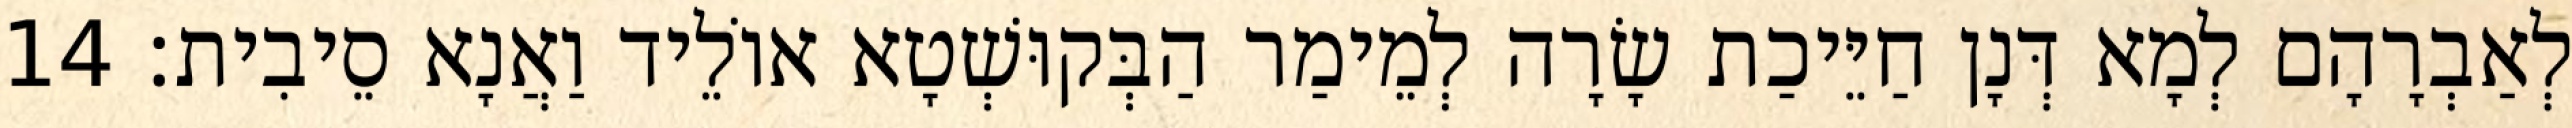
לְאַבְרָהָם לְמָא דְּנָן חַיֵּיכַת שָׂרָה לְמֵימַר הַבְּקוּשְׁטָא אוֹלֵיד וַאֲנָא סֵיבִית׃ 14